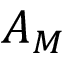
A _ { M }